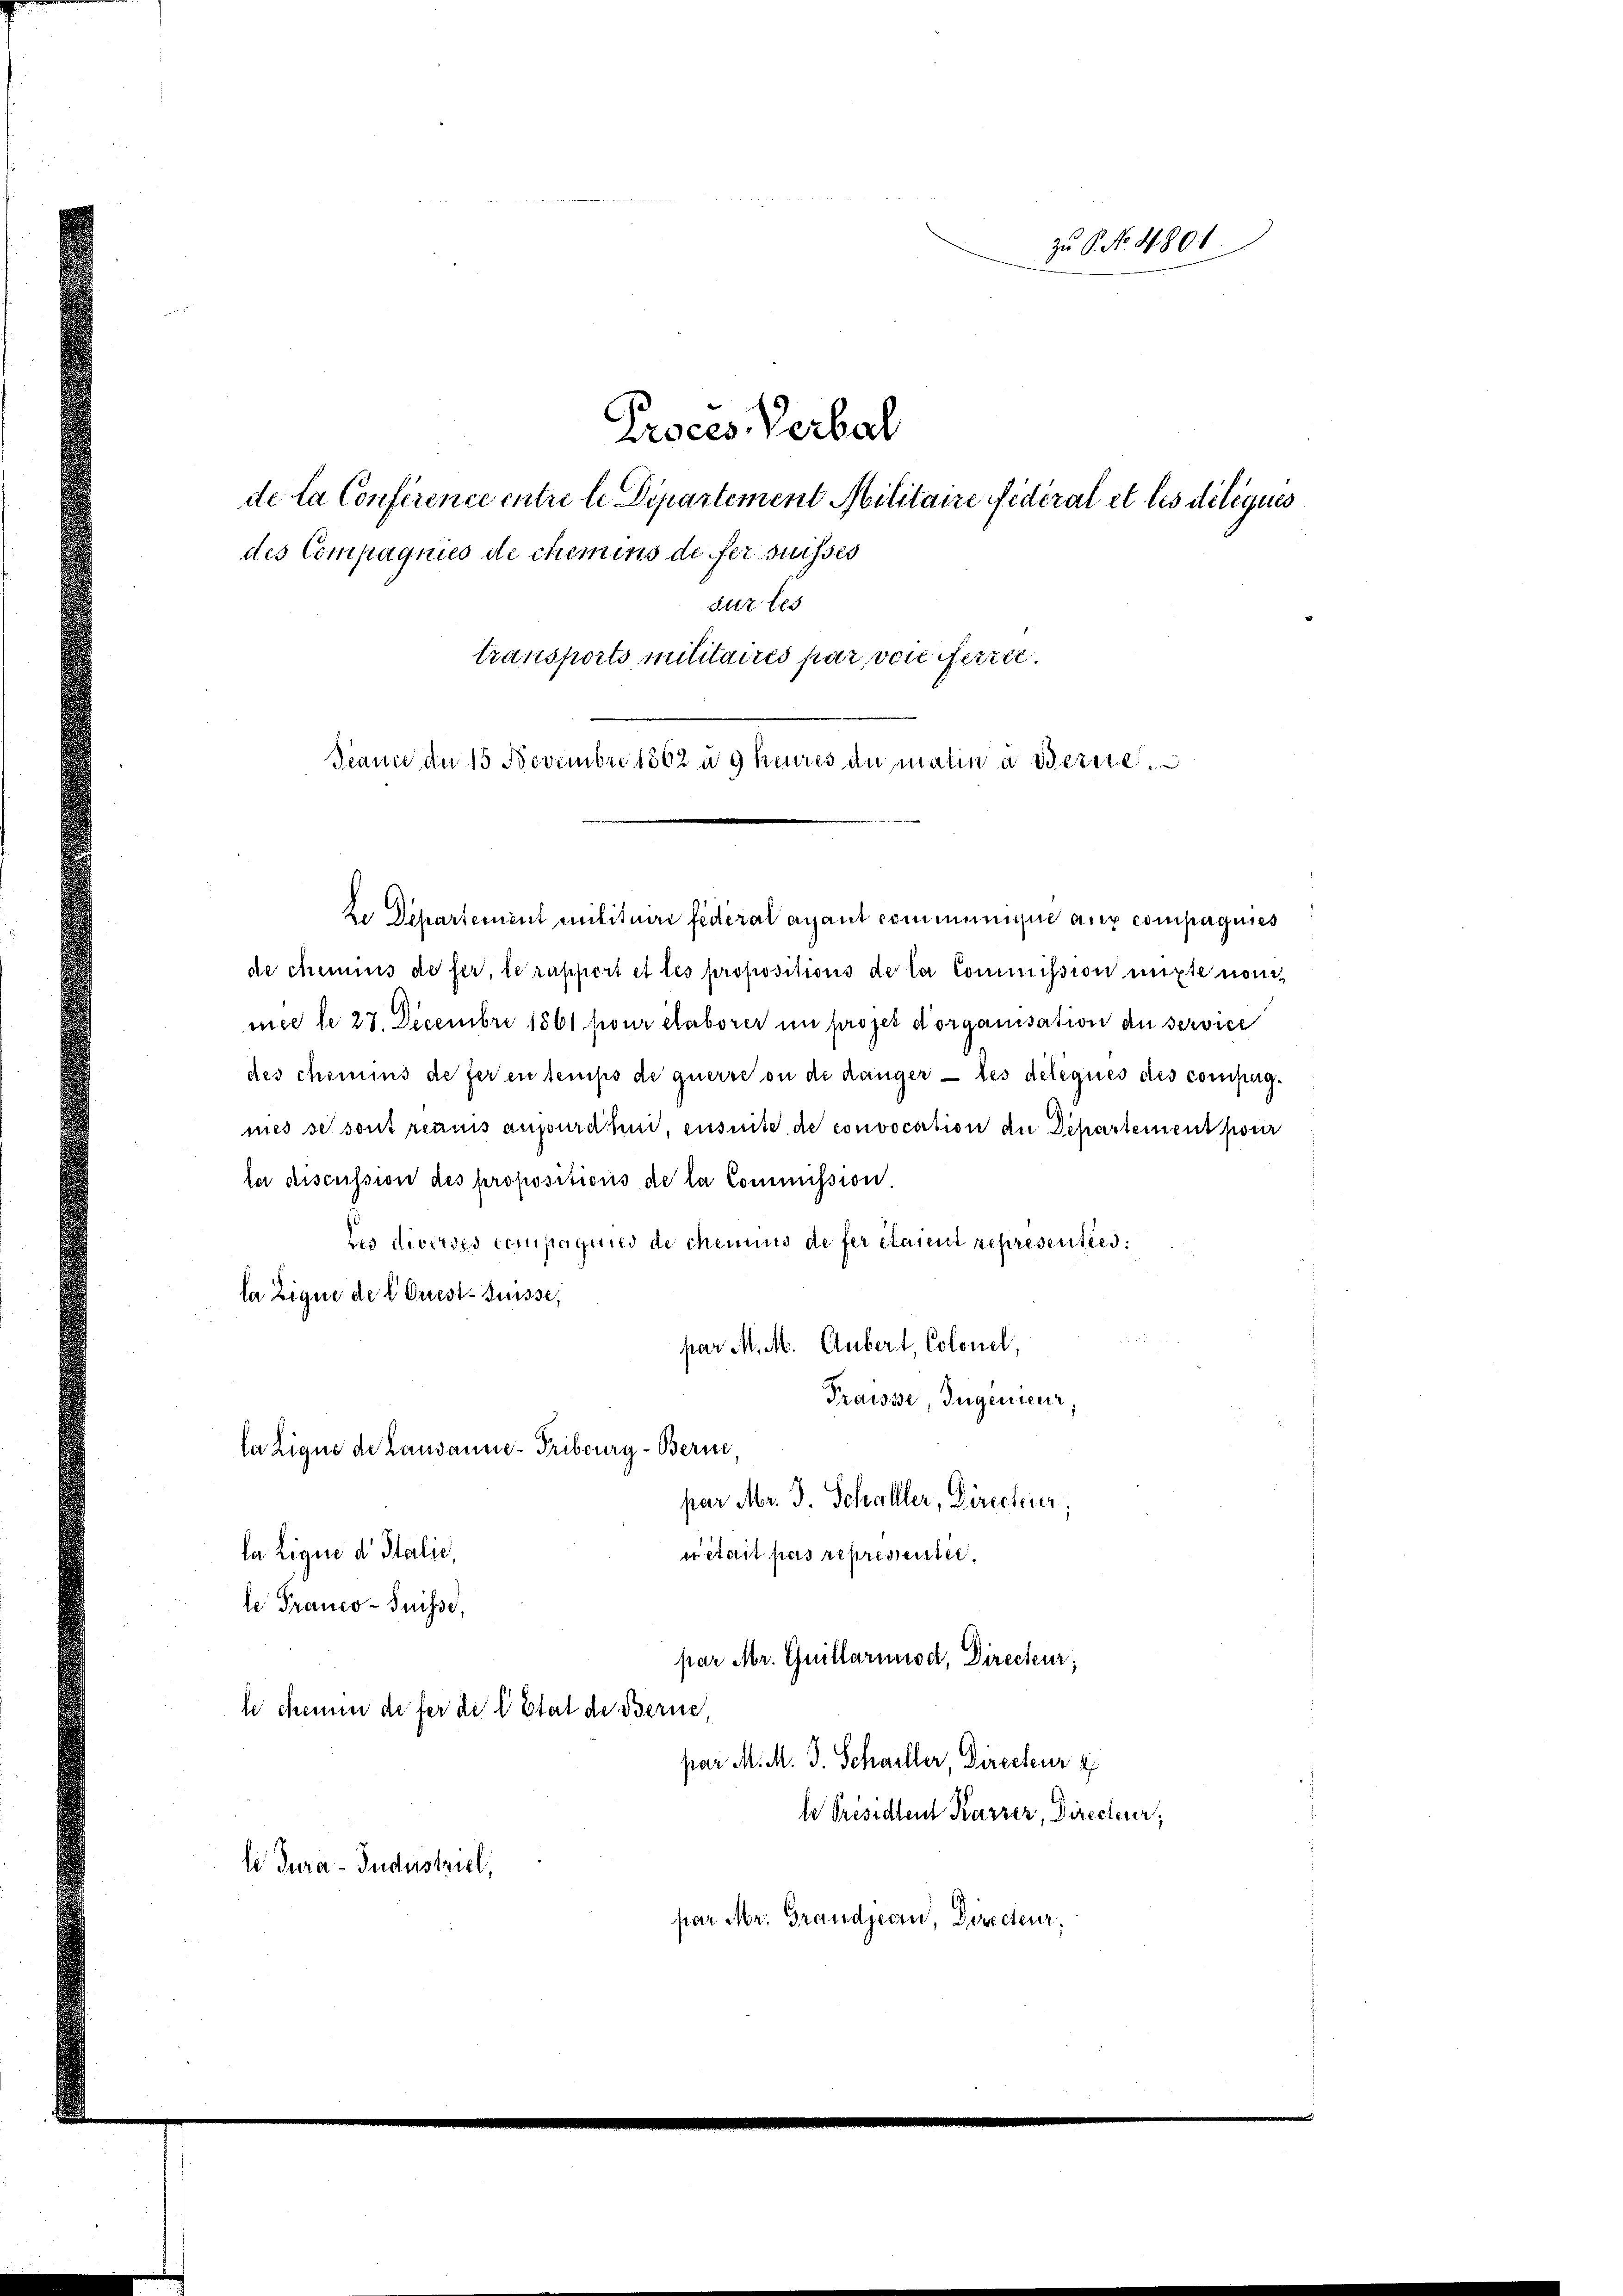
des Compagnies de chemins de fer suisses
sur les
transports militaires par voie ferte.
Jeanne de 15 Novembre 1862 n g heures du maline Bezie

Proces Verhal
de la Conférence entre le Dipartement Militaire fidéral et les diliques

Le Departement militaire federal ayant communique aux compagnies
de chemis de fer, le rapport et les propositions de la Commission mitte non
mee le 27. Decembri 1861 pour élaborer in projet dorganisation de service
des chemins de feren temps de querre ou de hänger — les deliques des compag¬
6
mes se sont rennis augurde, ensuite de convocation de Departement pour
le discussion des propositions de la Commission
ies dieses Compagund de chemnus de fer étaient representies.
la Zique de l. Orest-Puisse,
par M. M. Gubert, Colonel,
Fraisse, Ingenieur,
la Zigne de Lausanne - Tribourg - Berne,
par Mr. J. Schaller, Directur,
la Lique d Italie,
uétait pas represseiter.
le Franco-Suisse,
par Mr. Guillariiod, Directeur,
le chem defer die Etat de Berne,
par M. M. J. Schaller, Directeur
le Présidlent Karzer, Directeur;
le Jura - Industriel
par Mr. Grandjean, Directeur,

zu 6 No. 4801